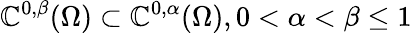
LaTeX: \mathbb{C}^{0,\beta}(\Omega)\subset\mathbb{C}^{0,\alpha}(\Omega),0<\alpha<\beta\leq1